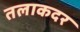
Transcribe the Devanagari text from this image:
तलाकदर